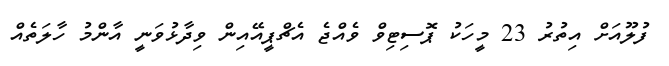
ފުލޫއަށް އިތުރު 23 މީހަކު ޕޮސިޓިވް ވެއްޖެ އެޗްޕީއޭއިން ވިދާޅުވަނީ އާންމު ހާލަތެއް